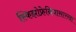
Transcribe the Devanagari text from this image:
स्किझोफ्रेनियासारखा